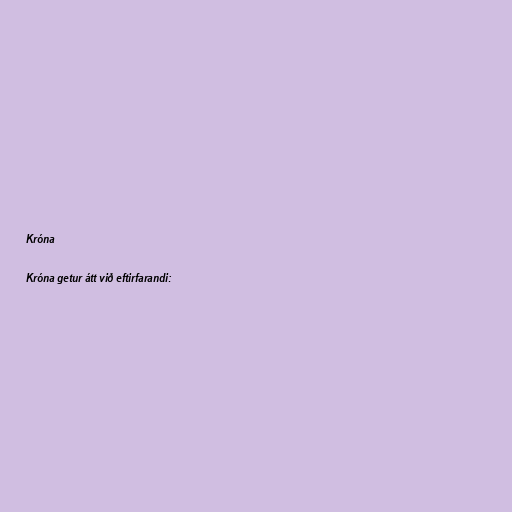
Króna

Króna getur átt við eftirfarandi: